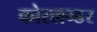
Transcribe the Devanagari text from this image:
कोरलन्डर